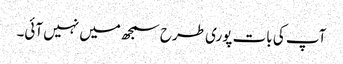
آپ کی بات پوری طرح سمجھ میں نہیں آئی۔